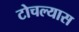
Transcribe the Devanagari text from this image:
टोचल्यास